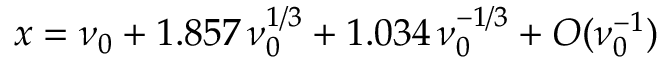
x = \nu _ { 0 } + 1 . 8 5 7 \, \nu _ { 0 } ^ { 1 / 3 } + 1 . 0 3 4 \, \nu _ { 0 } ^ { - 1 / 3 } + { \cal O } ( \nu _ { 0 } ^ { - 1 } )